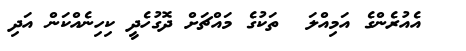
އެއުރެންގެ އަމިއްލަ  ތަކުގެ މައްޗަށް ދޮގުހެދީ ކިހިނެއްކަން އަދި